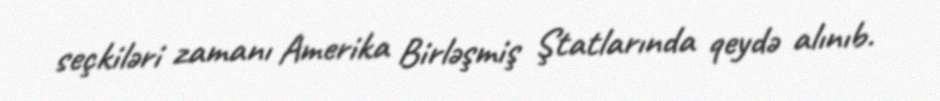
seçkiləri zamanı Amerika Birləşmiş Ştatlarında qeydə alınıb.